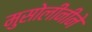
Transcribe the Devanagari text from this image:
मुसोलीनीने